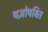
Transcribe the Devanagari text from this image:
यज्ञोपवित